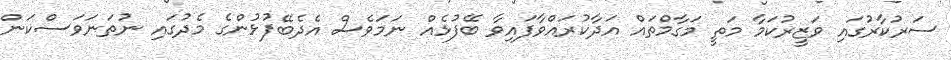
ސަރުކާރުގައި ވަޒީރުކަމާ މަތީ މަގާމްތައް އަދާކުރައްވާފައިވާ ބޭފުޅެއް ނަމަވެސް އެދެބޭފުޅުންގެ މެދުގައި ނުތަނަވަސްކަން